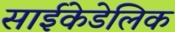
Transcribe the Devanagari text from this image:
साईकेडेलिक